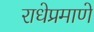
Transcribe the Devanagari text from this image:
राधेप्रमाणे